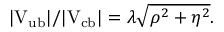
| \mathrm { V _ { u b } } | / | \mathrm { V _ { c b } } | = \lambda \sqrt { \rho ^ { 2 } + \eta ^ { 2 } } .